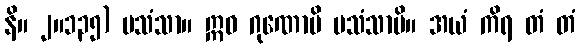
နိ။ ၂။၁၃၅) ပသံသာ။ ဣဓ ဂုဏောပိ ပသံသာပိ။ အယံ ကိရ တံ တံ